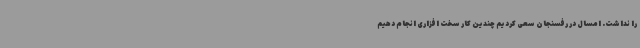
را نداشت. امسال در رفسنجان سعی کردیم چندین کار سخت افزاری انجام دهیم